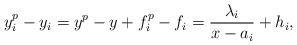
LaTeX: \begin{align*} y_i^p-y_i = y^p-y +f_i^p-f_i =\frac{\lambda_i}{x-a_i} + h_i, \end{align*}